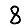
Digit: 8